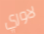
لاوري